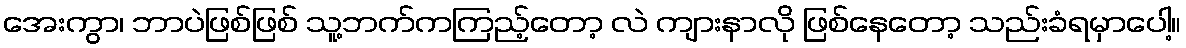
အေးကွာ၊ ဘာပဲဖြစ်ဖြစ် သူ့ဘက်ကကြည့်တော့ လဲ ကျားနာလို ဖြစ်နေတော့ သည်းခံရမှာပေါ့။